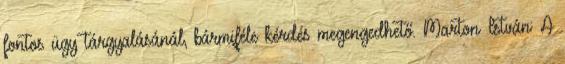
fontos ügy tárgyalásánál, bármiféle kérdés megengedhető. Marton István: A